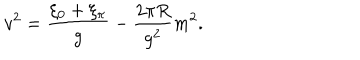
v ^ { 2 } = { \frac { \xi _ { 0 } + \xi _ { \pi } } { g } } - { \frac { 2 \pi R } { g ^ { 2 } } } m ^ { 2 } .